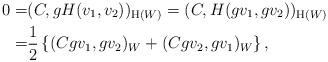
LaTeX: \begin{align*}0= &(C, gH(v_1, v_2))_{\mathrm{H}(W)}=(C,H(gv_1, gv_2))_{\mathrm{H}(W)} \\= & \frac{1}{2}\left\{(Cgv_1, gv_2)_W+ (Cgv_2, gv_1)_W\right\},\end{align*}